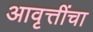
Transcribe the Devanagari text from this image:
आवृत्तींचा